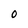
Character: 0